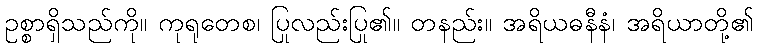
ဥစ္စာရှိသည်ကို။ ကုရုတေစ၊ ပြုလည်းပြု၏။ တနည်း။ အရိယဓနီနံ၊ အရိယာတို့၏